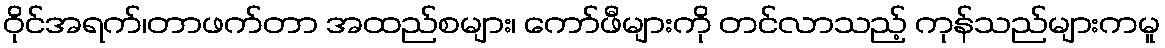
ဝိုင်အရက်၊တာဖက်တာ အထည်စများ၊ ကော်ဖီများကို တင်လာသည့် ကုန်သည်များကမူ